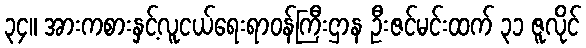
၃၄။ အားကစားနှင့်လူငယ်ရေးရာဝန်ကြီးဌာန ဦးဇင်မင်းထက် ၃၁ ဇူလိုင်